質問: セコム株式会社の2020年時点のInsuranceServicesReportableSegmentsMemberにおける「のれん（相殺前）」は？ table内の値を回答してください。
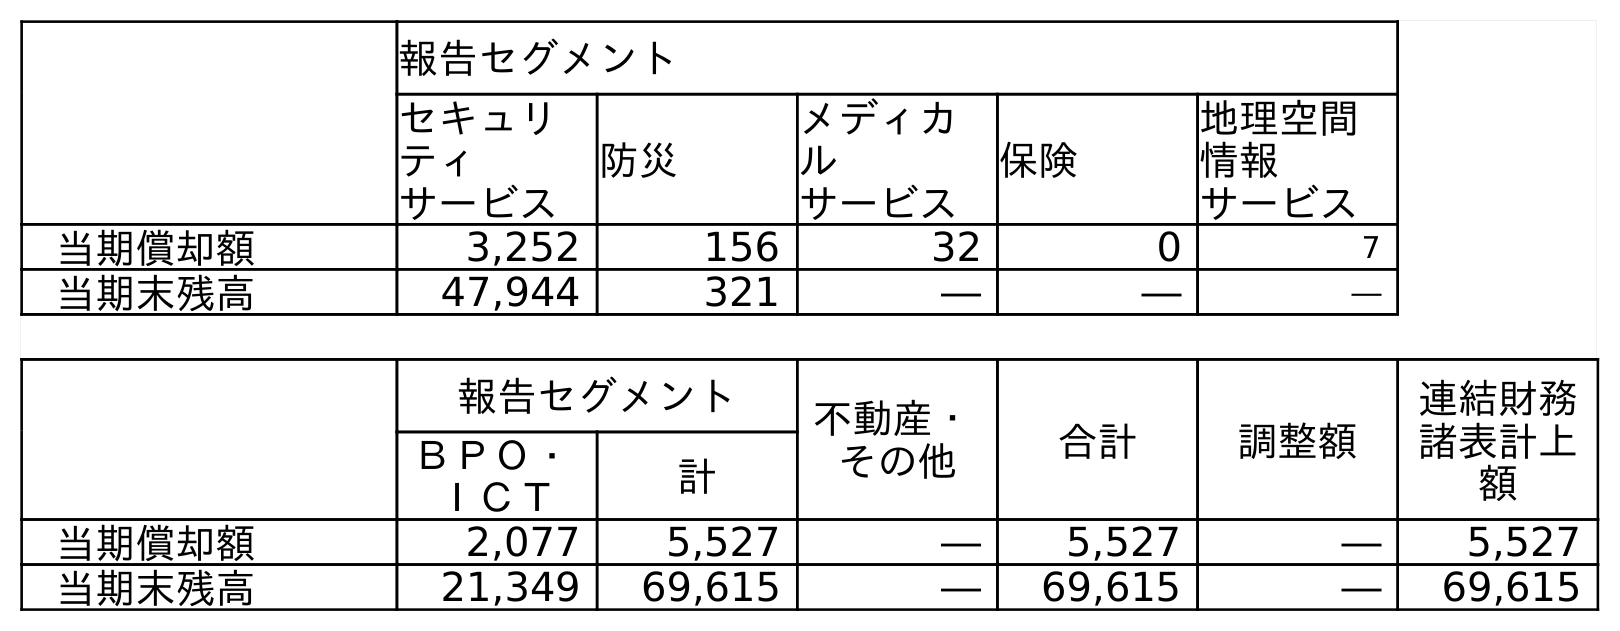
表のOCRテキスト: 報告セグメント セキュリ ティ サービス 防災 メディカ ル サービス 保険 地理空間 情報 サービス 当期償却額 3,252 156 32 0 7 当期末残高 47,944 321 ― ― ― 報告セグメント 不動産・ その他 合計 調整額 連結財務 諸表計上 額 ＢＰＯ・ ＩＣＴ 計 当期償却額 2,077 5,527 ― 5,527 ― 5,527 当期末残高 21,349 69,615 ― 69,615 ― 69,615
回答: ―